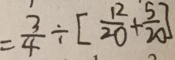
= \frac { 3 } { 4 } \div [ \frac { 1 2 } { 2 0 } + \frac { 5 } { 2 0 } ]